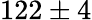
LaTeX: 122\pm 4